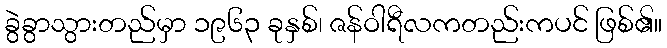
ခွဲခွာသွားတည်မှာ ၁၉၆၃ ခုနှစ်၊ ဇန်ဝါရီလကတည်းကပင် ဖြစ်၏။